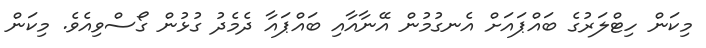
މިކަން ހިޓްލަރުގެ ބައްޕައަށް އެނގުމުން އޭނާއާއި ބައްޕައާ ދެމެދު ގުޅުން ގޯސްވިއެވެ. މިކަން